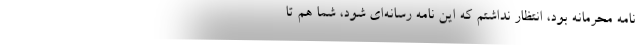
نامه محرمانه بود، انتظار نداشتم که این نامه رسانه‌ای شود، شما هم تا